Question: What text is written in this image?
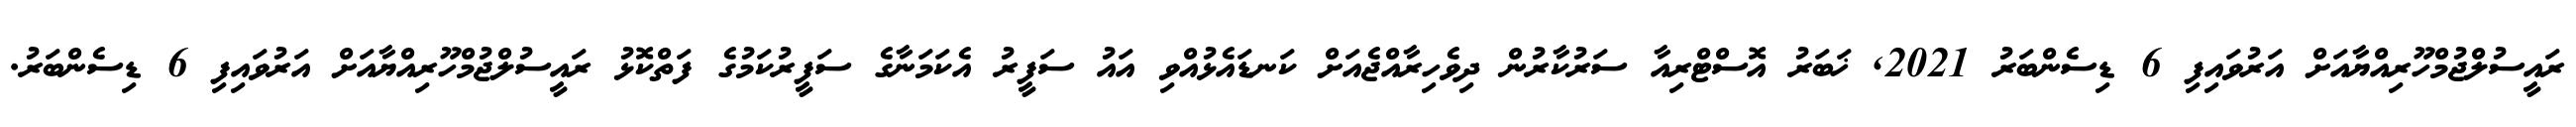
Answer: ރައީސުލްޖުމްހޫރިއްޔާއަށް އަރުވައިފި 6 ޑިސެންބަރު 2021, ޚަބަރު އޮސްޓްރިއާ ސަރުކާރުން ދިވެހިރާއްޖެއަށް ކަނޑައެޅުއްވި އައު ސަފީރު އެކަމަނާގެ ސަފީރުކަމުގެ ފަތްކޮޅު ރައީސުލްޖުމްހޫރިއްޔާއަށް އަރުވައިފި 6 ޑިސެންބަރު.